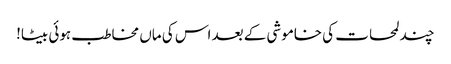
چند لمحات کی خاموشی کے بعد اس کی ماں مخاطب ہوئی بیٹا!